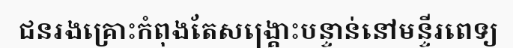
ជនរងគ្រោះកំពុងតែសង្គ្រោះបន្ទាន់នៅមន្ទីរពេទ្យ